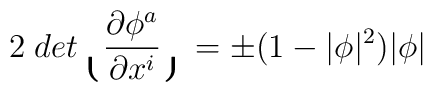
2\; det \lgroup \frac{\partial\phi^a}{\partial x^{i} } \rgroup =\pm (1 - | \phi |^2 ) | \phi |